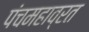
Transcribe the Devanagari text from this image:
पंचमहाव्रत